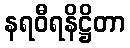
နရဝီရနိဋ္ဌိတာ